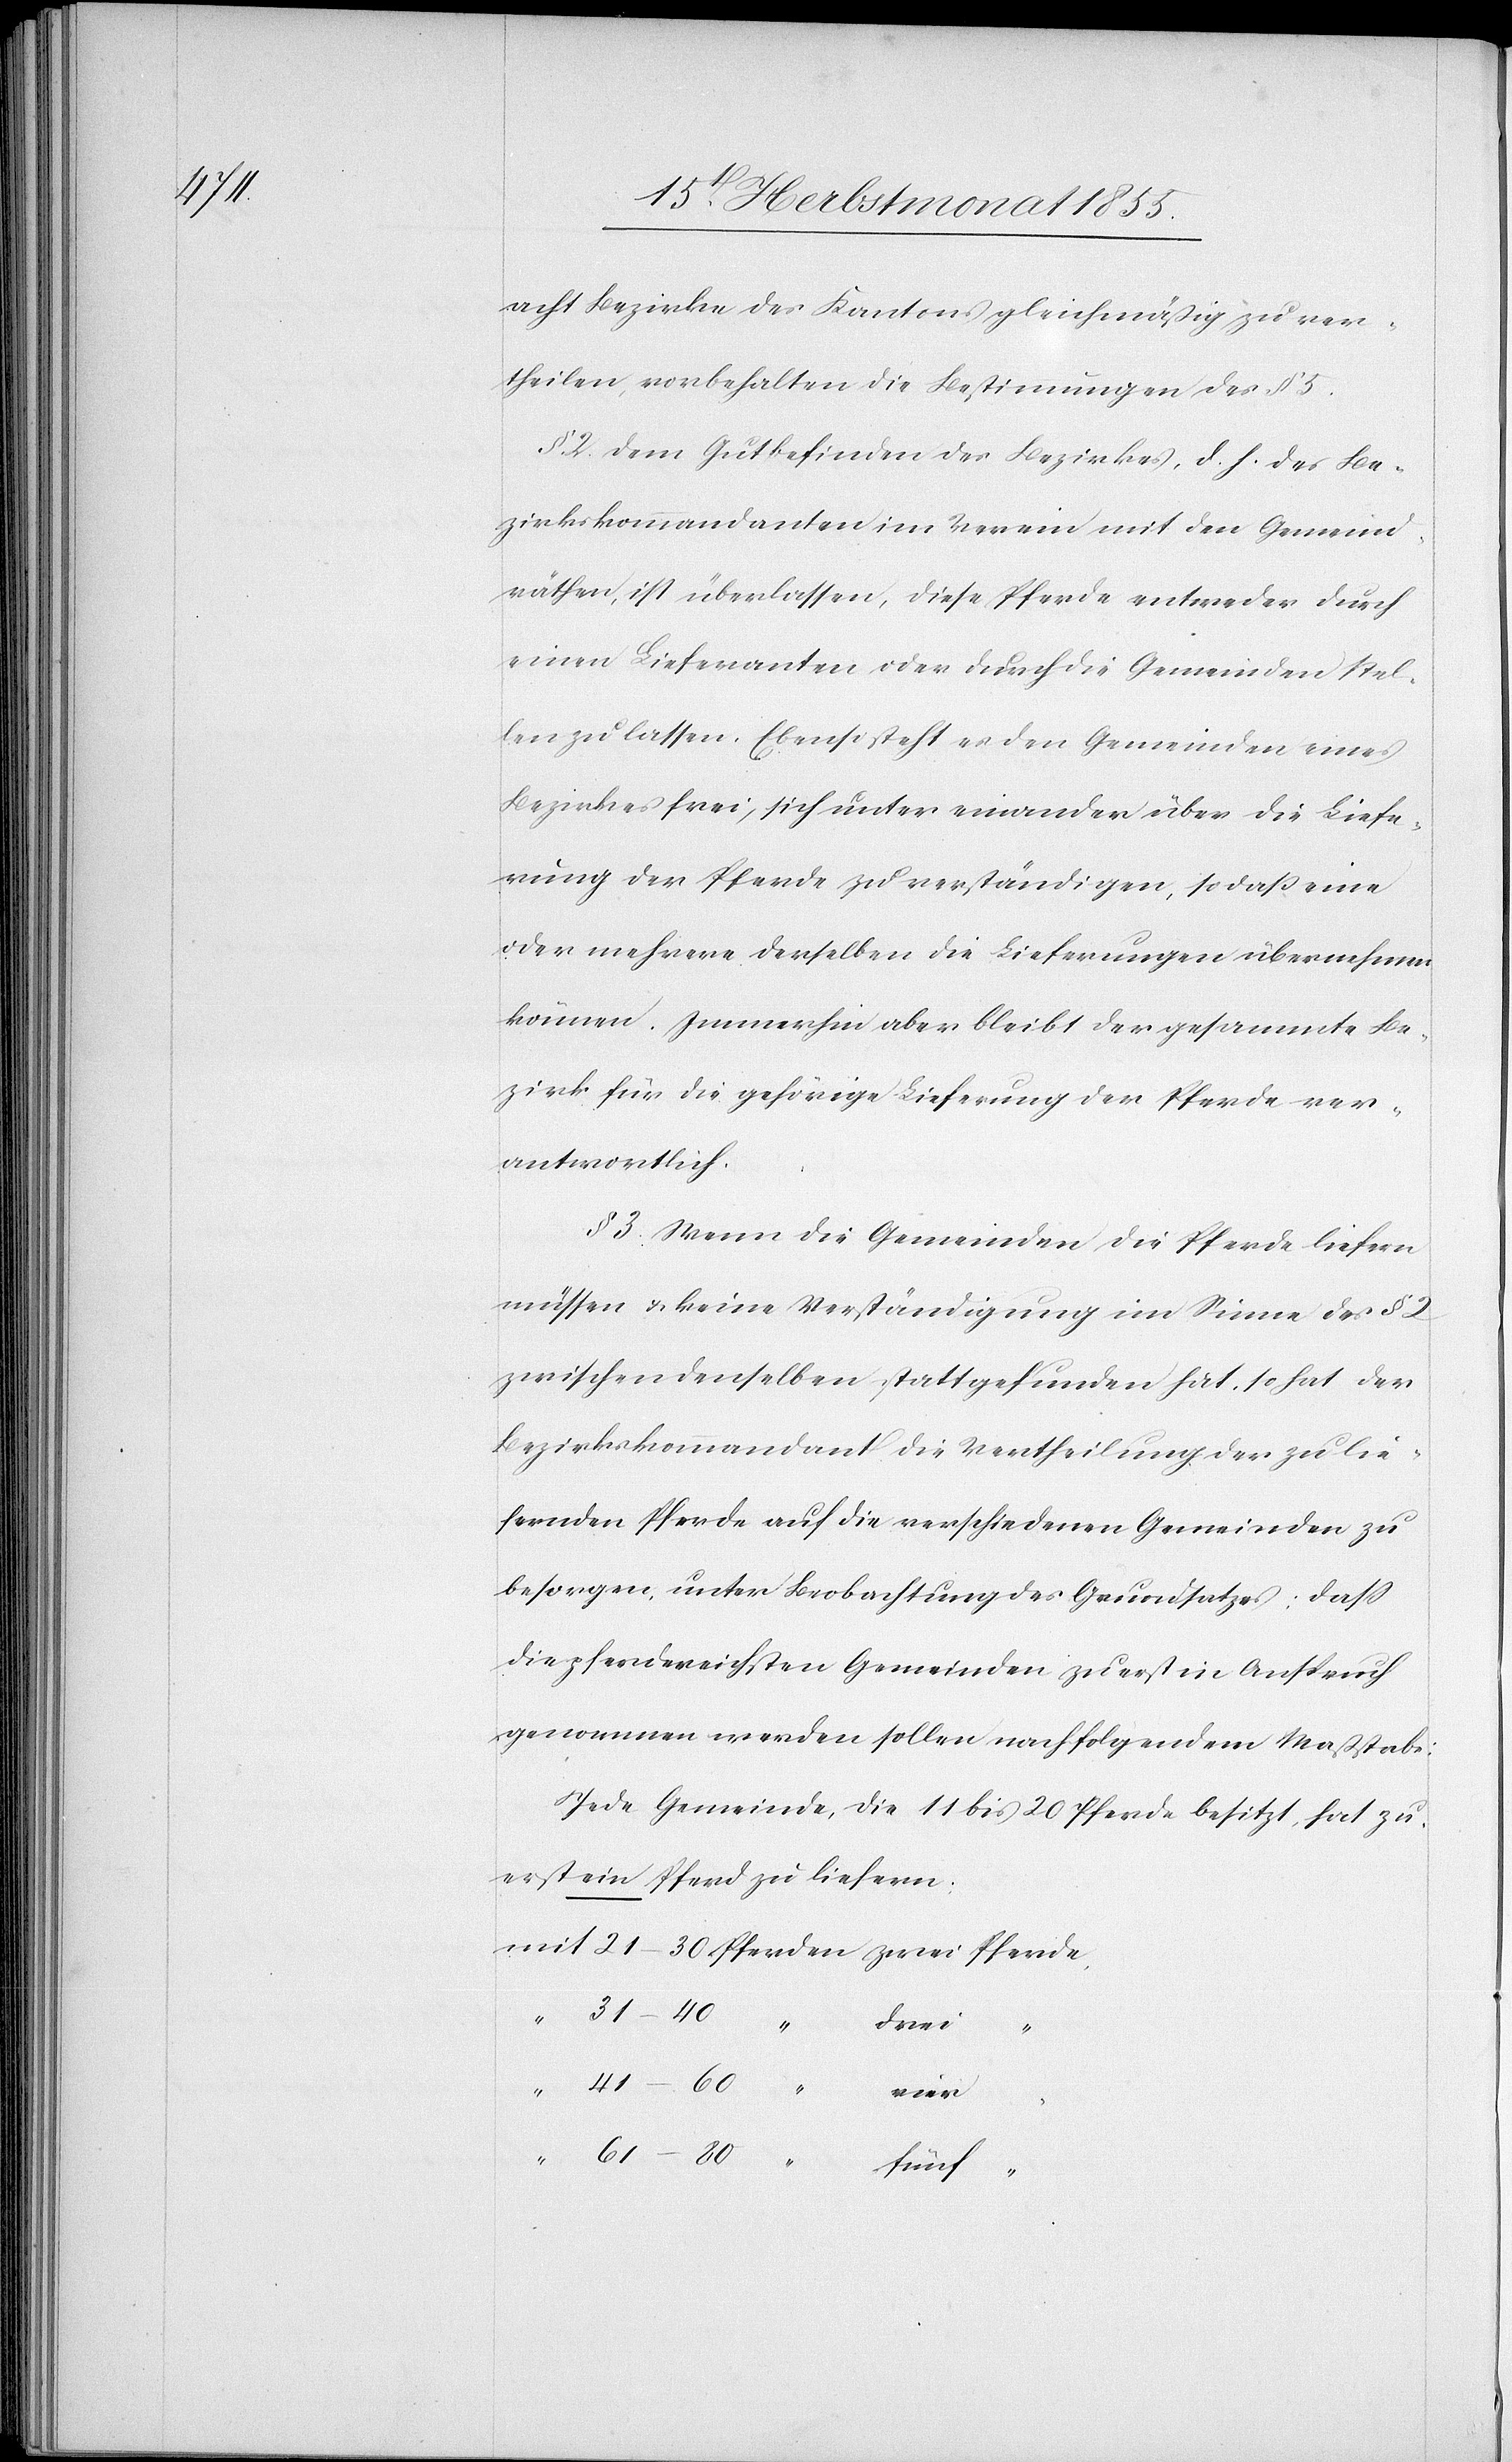
acht Bezirke des Kantons gleichmäßig zu ver¬
theilen, vorbehalten die Bestimmungen des § 5.
§ 2. Dem Gutbefinden des Bezirkes, d. h. des Be¬
zirkskommandanten im Verein mit den Gemeind¬
räthen, ist überlassen, diese Pferde entweder durch
einen Lieferanten oder durch die Gemeinden stel¬
len zu lassen. Ebenso steht es den Gemeinden eines
Bezirkes frei, sich unter einander über die Liefe¬
rung der Pferde zu verständigen, so daß eine
oder mehrere derselben die Lieferungen übernehmen
können. Immerhin aber bleibt der gesammte Be¬
zirk für die gehörige Lieferung der Pferde ver¬
antwortlich.
§ 3. Wenn die Gemeinden die Pferde liefern
müssen & keine Verständigung im Sinne des § 2
zwischen denselben stattgefunden hat, so hat der
Bezirkskommandant die Vertheilung der zu lie¬
fernden Pferde auf die verschiedenen Gemeinden zu
besorgen, unter Beobachtung des Grundsatzes, dass
die pferdereichsten Gemeinden zuerst in Anspruch
genommen werden sollen nach folgendem Maßstabe:
Jede Gemeinde, die 11 bis 20 Pferde besitzt, hat zu¬
erst ein Pferd zu liefern;
drei